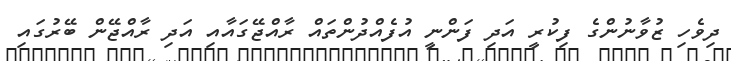
ދިވެހި ޒުވާނުންގެ ފިކުރީ އަދި ފަންނީ އުފެއްދުންތައް ރާއްޖޭގައާއި އަދި ރާއްޖޭން ބޭރުގައި